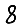
Digit: 8